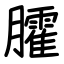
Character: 臛